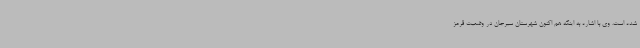
شده است. وی با اشاره به اینکه هم اکنون شهرستان سیرجان در وضعیت قرمز